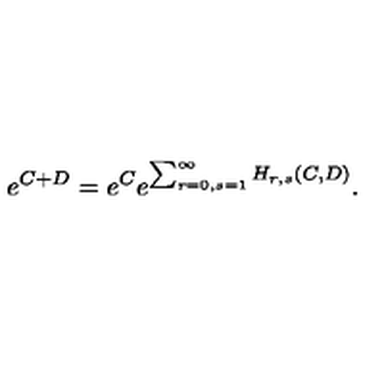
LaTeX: e ^ { C + D } = e ^ { C } e ^ { \sum _ { r = 0 , s = 1 } ^ { \infty } H _ { r , s } ( C , D ) } .